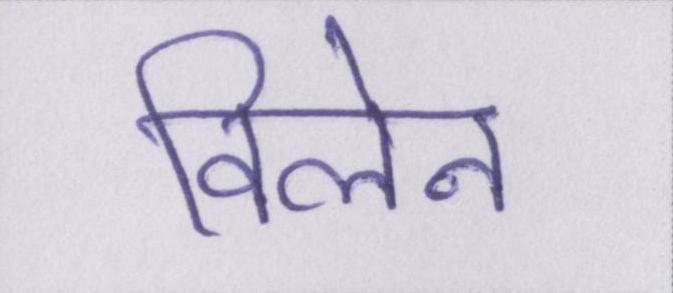
विलेन